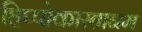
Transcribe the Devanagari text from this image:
हिप्पोकास्तानम